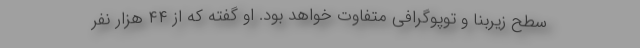
سطح زیربنا و توپوگرافی متفاوت خواهد بود. او گفته که از ۴۴ هزار نفر